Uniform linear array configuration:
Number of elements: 64
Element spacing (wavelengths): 0.25
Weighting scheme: hamming
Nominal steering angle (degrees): -60
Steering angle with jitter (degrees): -60.856
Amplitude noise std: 0.05
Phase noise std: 0.05

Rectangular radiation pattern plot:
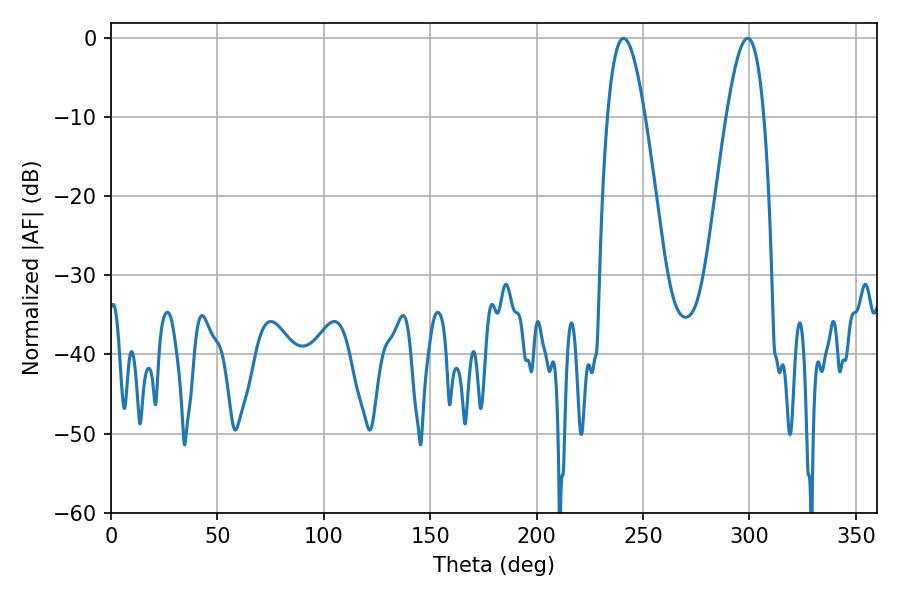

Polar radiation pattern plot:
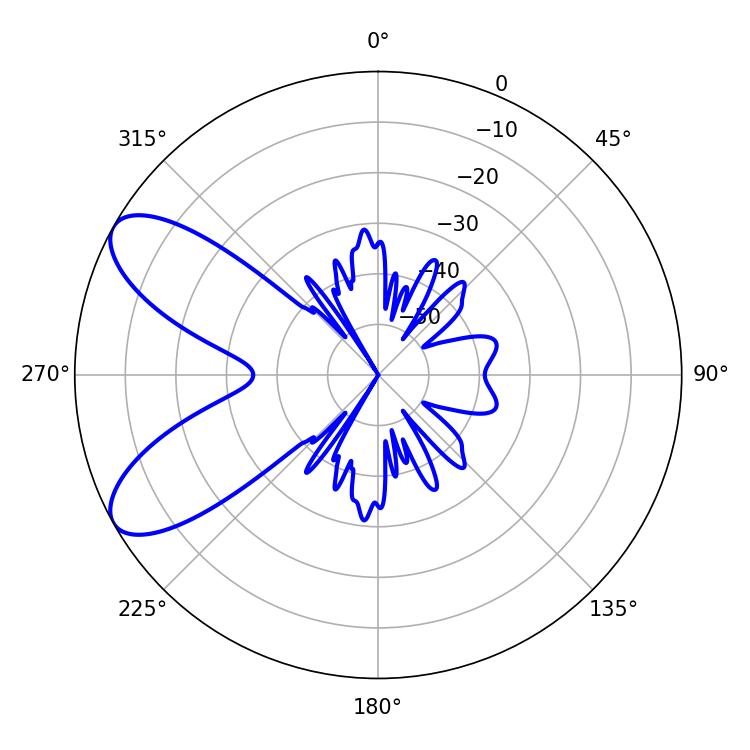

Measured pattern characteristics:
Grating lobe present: FALSE
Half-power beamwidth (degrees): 9.72
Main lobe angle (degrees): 240.84